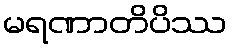
မရဏာတိပိဿ